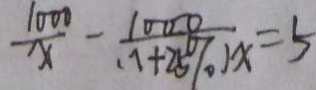
\frac { 1 0 0 0 } { x } - \frac { 1 0 0 0 } { ( 1 + 2 5 \% ) x } = 5